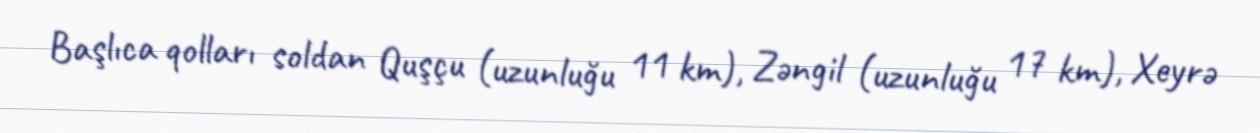
Başlıca qolları soldan Quşçu (uzunluğu 11 km), Zəngil (uzunluğu 17 km), Xeyrə